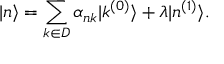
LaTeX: | n \rangle = \sum _ { k \in D } \alpha _ { n k } | k ^ { ( 0 ) } \rangle + \lambda | n ^ { ( 1 ) } \rangle .